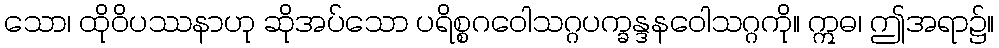
သော၊ ထိုဝိပဿနာဟု ဆိုအပ်သော ပရိစ္စဂဝေါသဂ္ဂပက္ခန္ဒနဝေါသဂ္ဂကို။ ဣဓ၊ ဤအရာ၌။